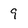
Character: 9